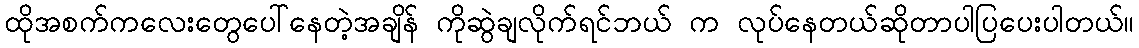
ထိုအစက်ကလေးတွေပေါ်နေတဲ့အချိန် ကိုဆွဲချလိုက်ရင်ဘယ် က လုပ်နေတယ်ဆိုတာပါပြပေးပါတယ်။